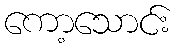
ကော့သောင်း